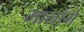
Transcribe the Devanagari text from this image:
मानोगे